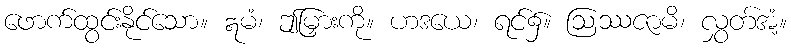
ဖောက်ထွင်းနိုင်သော။ ဣမံ၊ ဤမြှားကို။ ဟဒယေ၊ ရင်၌။ ဩဿဇာမိ၊ လွှတ်အံ့။